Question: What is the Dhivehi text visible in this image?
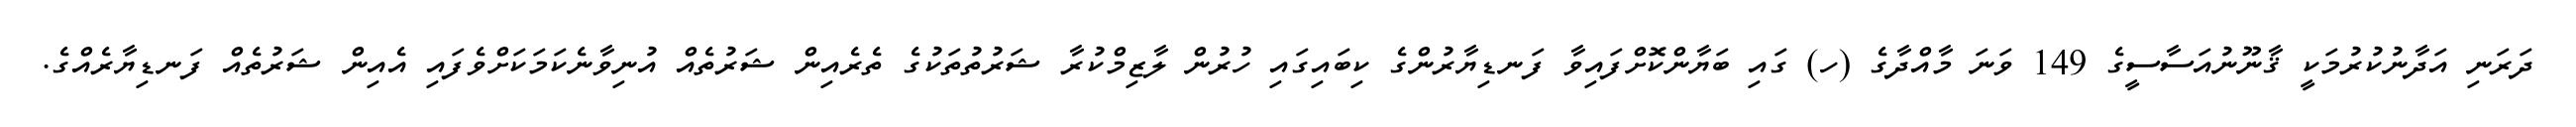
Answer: ދަރަނި އަދާނުކުރުމަކީ ޤާނޫނުއަސާސީގެ 149 ވަނަ މާއްދާގެ (ހ) ގައި ބަޔާންކޮށްފައިވާ ފަނޑިޔާރުންގެ ކިބައިގައި ހުރުން ލާޒިމްކުރާ ޝަރުތުތަކުގެ ތެރެއިން ޝަރުތެއް އުނިވާނެކަމަކަށްވެފައި އެއިން ޝަރުތެއް ފަނޑިޔާރެއްގެ.